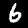
Digit: 6